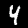
Label: 4